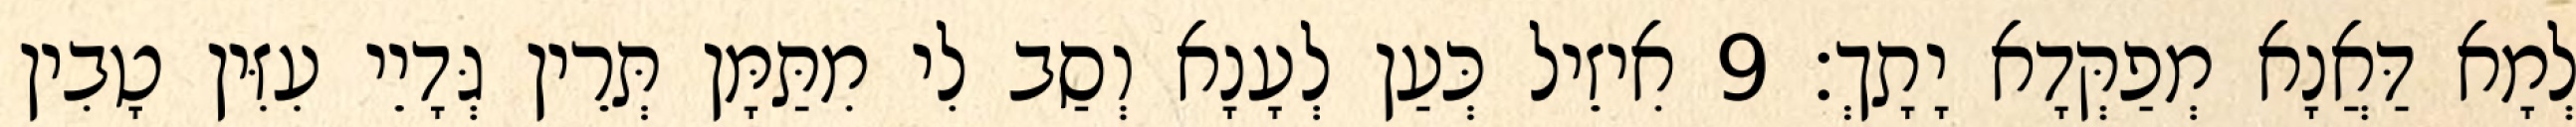
לְמָא דַּאֲנָא מְפַקְּדָא יָתָךְ׃ 9 אִיזֵיל כְּעַן לְעָנָא וְסַב לִי מִתַּמָּן תְּרֵין גְּדָיֵי עִזִּין טָבִין